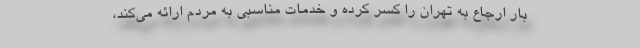
بار ارجاع به تهران را کسر کرده و خدمات مناسبی به مردم ارائه می‌کند،